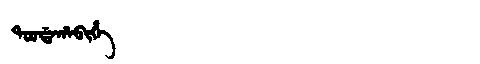
Manchu: ᡨᠣᠣᡩᠠᡥᠠᠪᡳᡥᡝ
Romanization: TOODAHABIHE